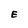
Character: E